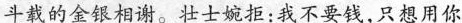
斗载的金银相谢。壮士婉拒：我不要钱，只想用你